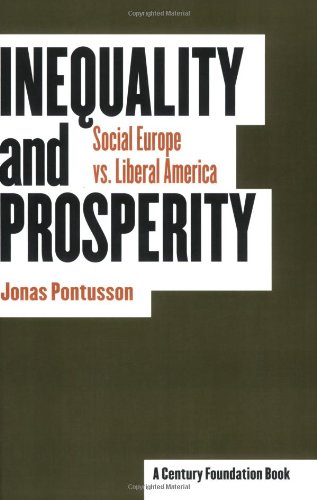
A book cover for Inequality and Prosperity: Social Europe Vs. Liberal America; Jonas Pontusson; Business & Money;